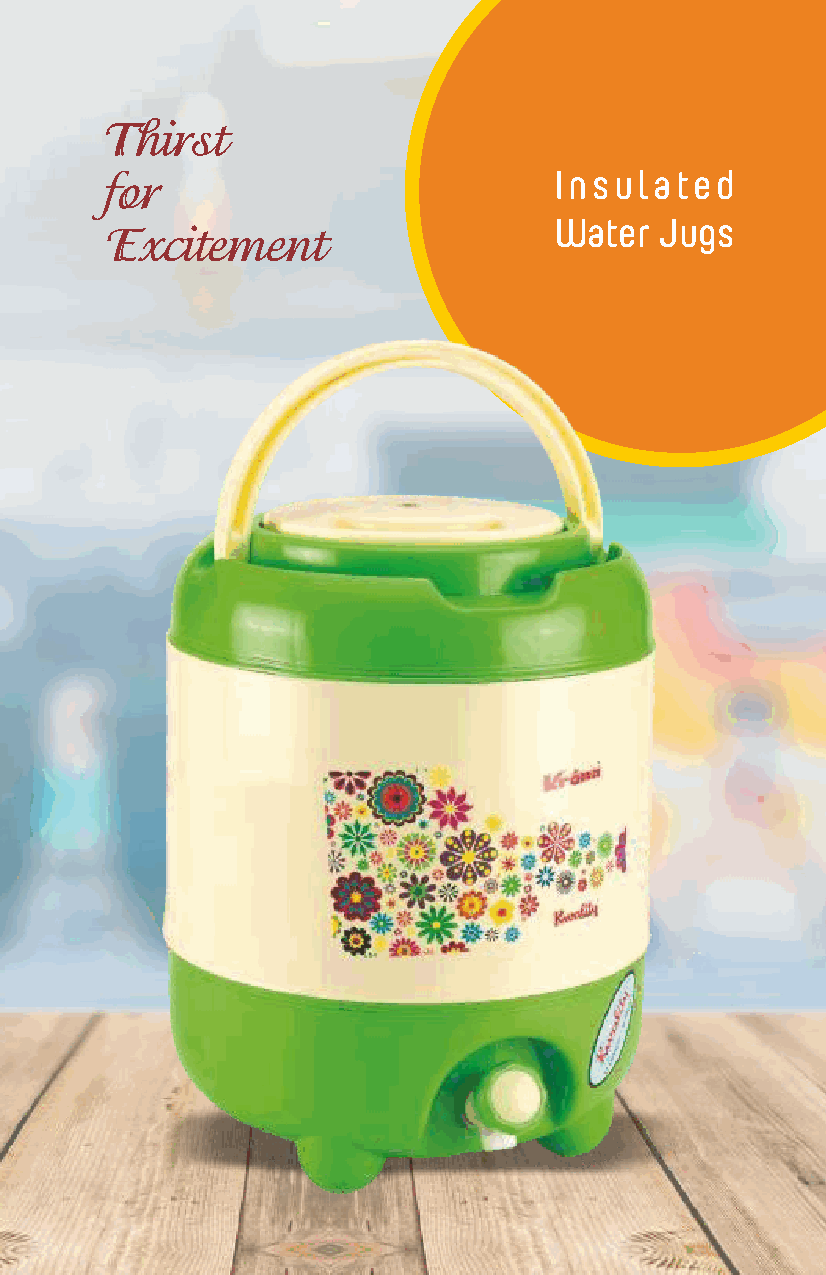
Thirst
 for                           Insulated
 Water  Jugs
 Excitement